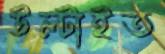
উল্‌টাইত